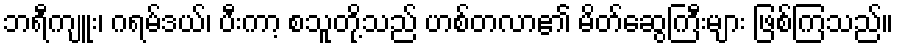
ဘရီကျူး၊ ဂရမ်ဒယ်၊ ပီးကာ့ စသူတို့သည် ဟစ်တလာ၏ မိတ်ဆွေကြီးများ ဖြစ်ကြသည်။